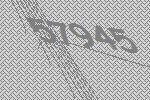
57945